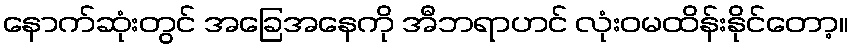
နောက်ဆုံးတွင် အခြေအနေကို အီဘရာဟင် လုံးဝမထိန်းနိုင်တော့။